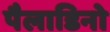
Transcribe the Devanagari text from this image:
पैलाडिनो